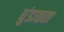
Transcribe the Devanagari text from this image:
धुंडाळता